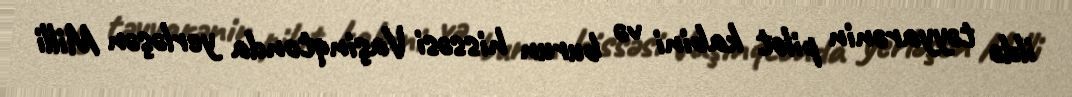
ildə təyyarənin pilot kabini və burun hissəsi Vaşinqtonda yerləşən Milli